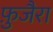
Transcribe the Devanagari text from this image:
फ़ुजैरा